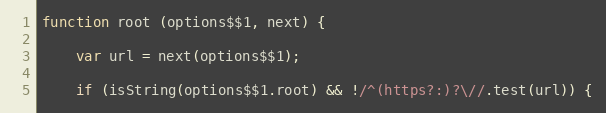
Language: JavaScript
function root (options$$1, next) {

    var url = next(options$$1);

    if (isString(options$$1.root) && !/^(https?:)?\//.test(url)) {